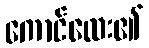
ကောင်လေး၏